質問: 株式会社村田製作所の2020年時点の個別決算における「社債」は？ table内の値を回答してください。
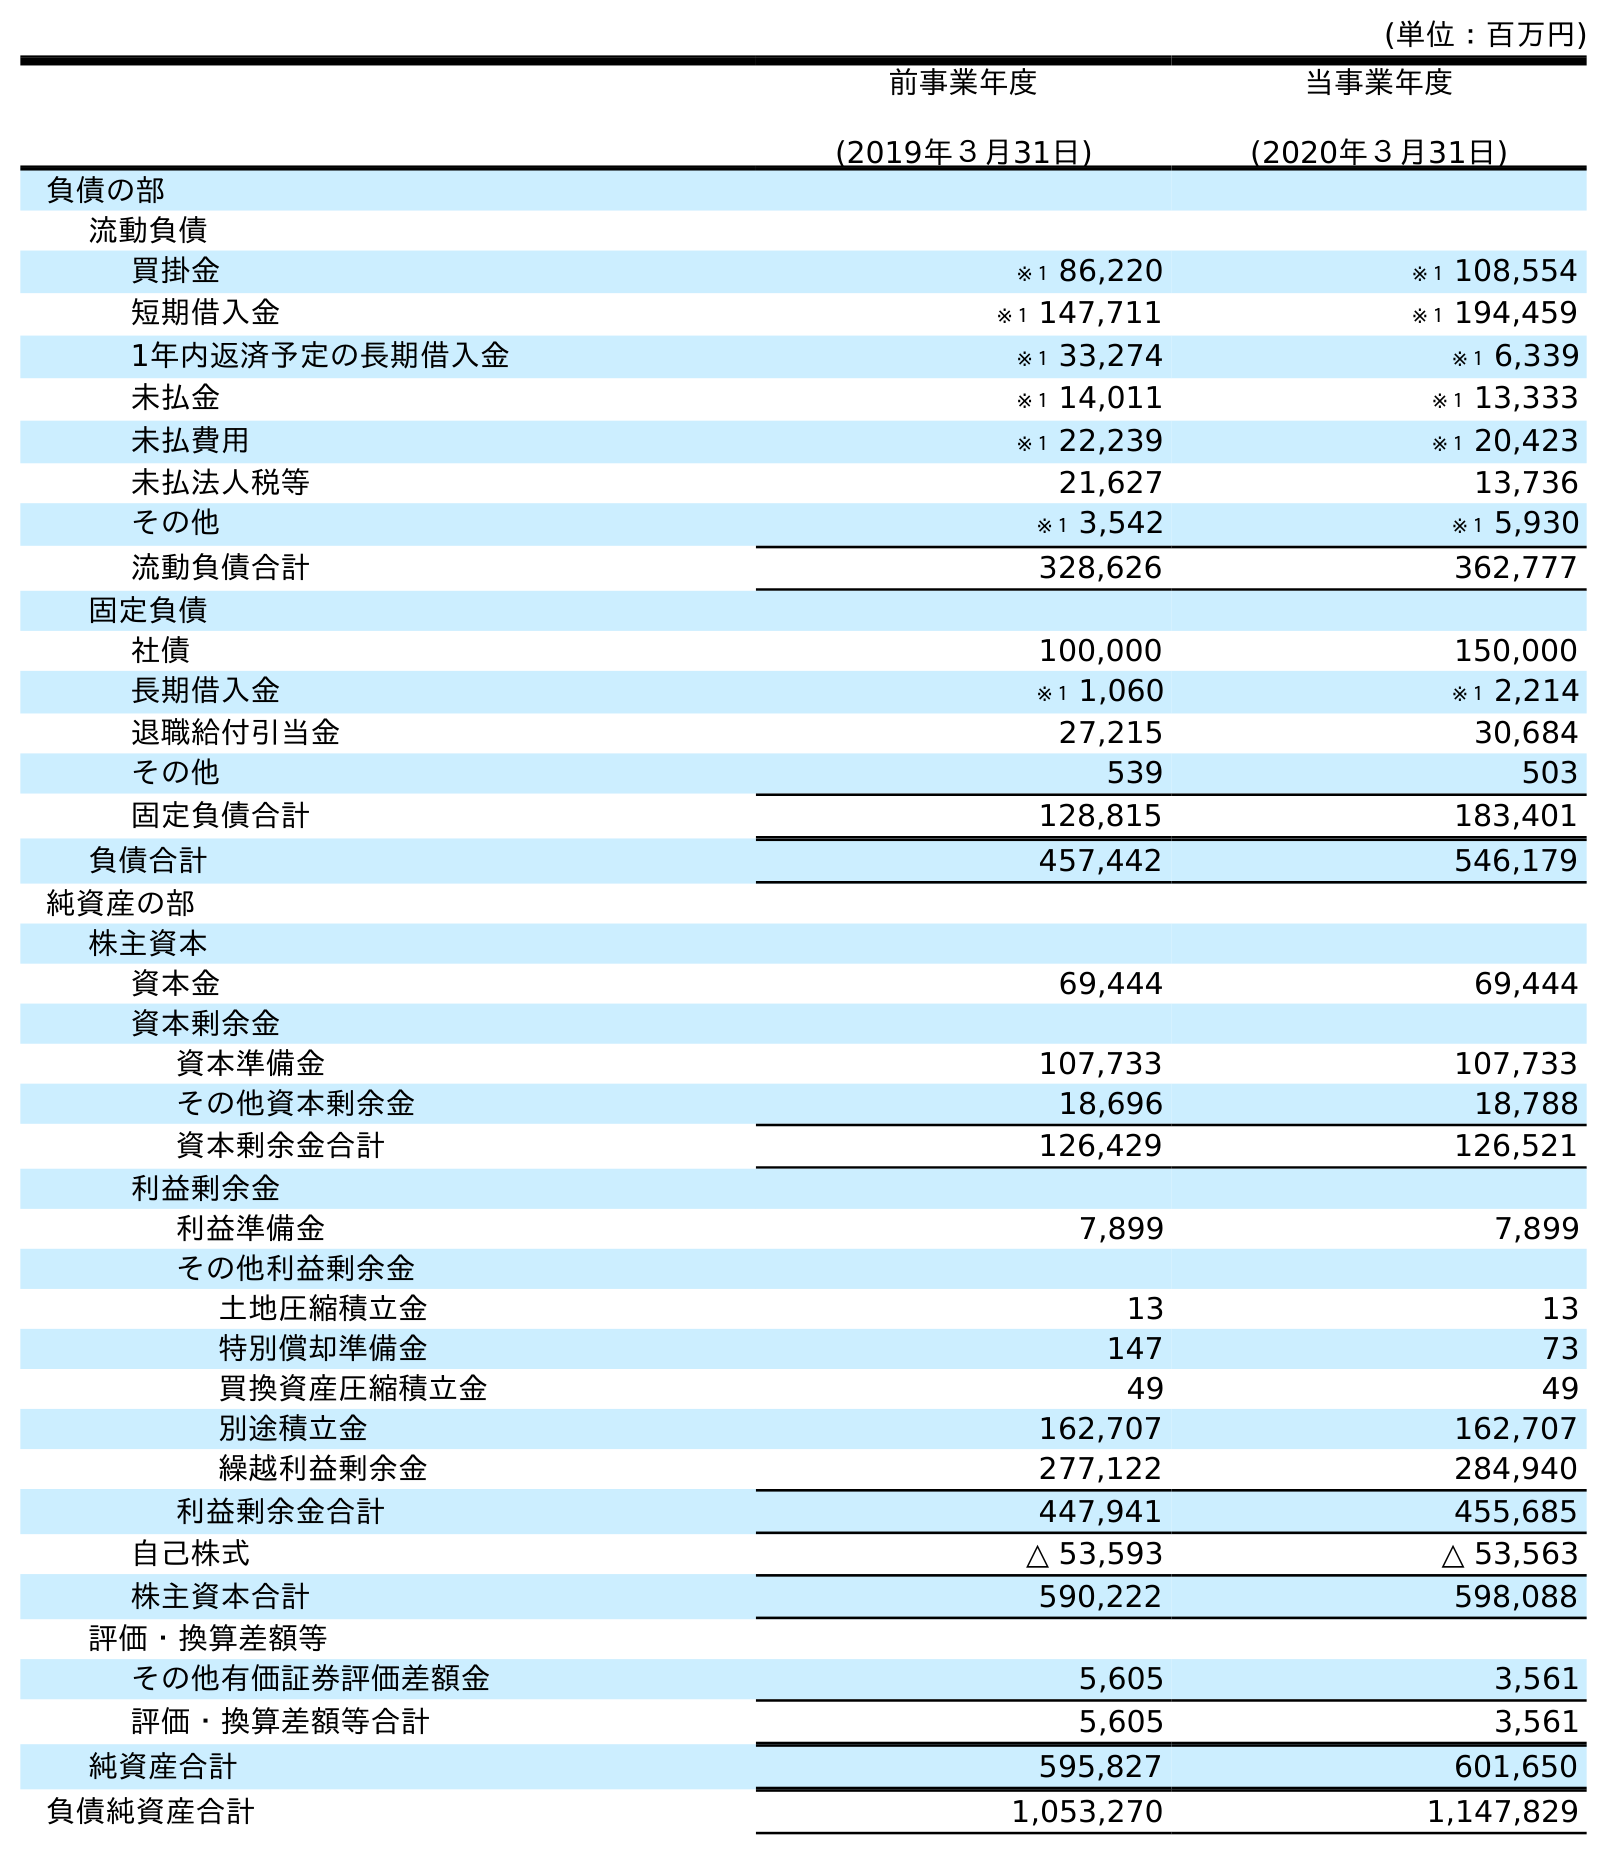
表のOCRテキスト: (単位：百万円) 前事業年度 (2019年３月31日) 当事業年度 (2020年３月31日) 負債の部 流動負債 買掛金 ※１ 86,220 ※１ 108,554 短期借入金 ※１ 147,711 ※１ 194,459 1年内返済予定の長期借入金 ※１ 33,274 ※１ 6,339 未払金 ※１ 14,011 ※１ 13,333 未払費用 ※１ 22,239 ※１ 20,423 未払法人税等 21,627 13,736 その他 ※１ 3,542 ※１ 5,930 流動負債合計 328,626 362,777 固定負債 社債 100,000 150,000 長期借入金 ※１ 1,060 ※１ 2,214 退職給付引当金 27,215 30,684 その他 539 503 固定負債合計 128,815 183,401 負債合計 457,442 546,179 純資産の部 株主資本 資本金 69,444 69,444 資本剰余金 資本準備金 107,733 107,733 その他資本剰余金 18,696 18,788 資本剰余金合計 126,429 126,521 利益剰余金 利益準備金 7,899 7,899 その他利益剰余金 土地圧縮積立金 13 13 特別償却準備金 147 73 買換資産圧縮積立金 49 49 別途積立金 162,707 162,707 繰越利益剰余金 277,122 284,940 利益剰余金合計 447,941 455,685 自己株式 △ 53,593 △ 53,563 株主資本合計 590,222 598,088 評価・換算差額等 その他有価証券評価差額金 5,605 3,561 評価・換算差額等合計 5,605 3,561 純資産合計 595,827 601,650 負債純資産合計 1,053,270 1,147,829
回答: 150,000